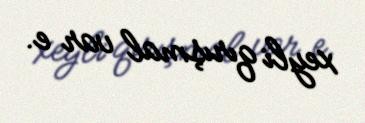
xeyli qırışmal var e.